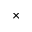
\times